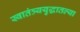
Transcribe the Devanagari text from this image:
स्वातंत्र्ययुद्धातल्या